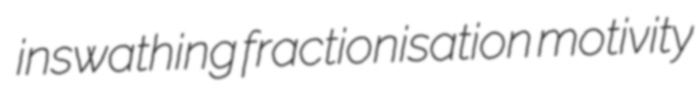
inswathing fractionisation motivity